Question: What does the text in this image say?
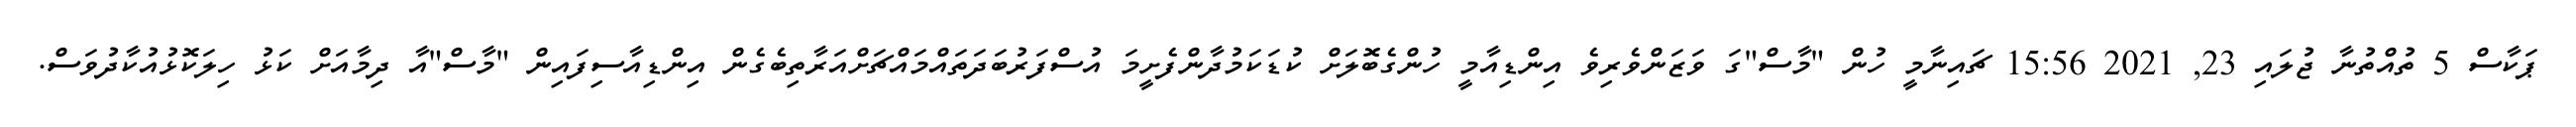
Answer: ޕަކާސް 5 ތުއްތުނާ ޖުލައި 23, 2021 15:56 ޗައިނާމީ ހުން "މާސް"ގަ ވަޒަންވެރިވެ އިންޑިއާމީ ހުންގެބޮލަށް ކުޑަކަމުދާންފެށީމަ އުސްފަރުބަދަތައްމައްޗަށްއަރާތިބެގެން އިންޑިއާސިފައިން "މާސް"އާ ދިމާއަށް ކަޅު ހިލަކޮޅުއުކާދުވަސް.